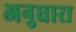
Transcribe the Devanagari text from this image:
अनुधारा